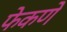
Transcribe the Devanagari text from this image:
फेकणे